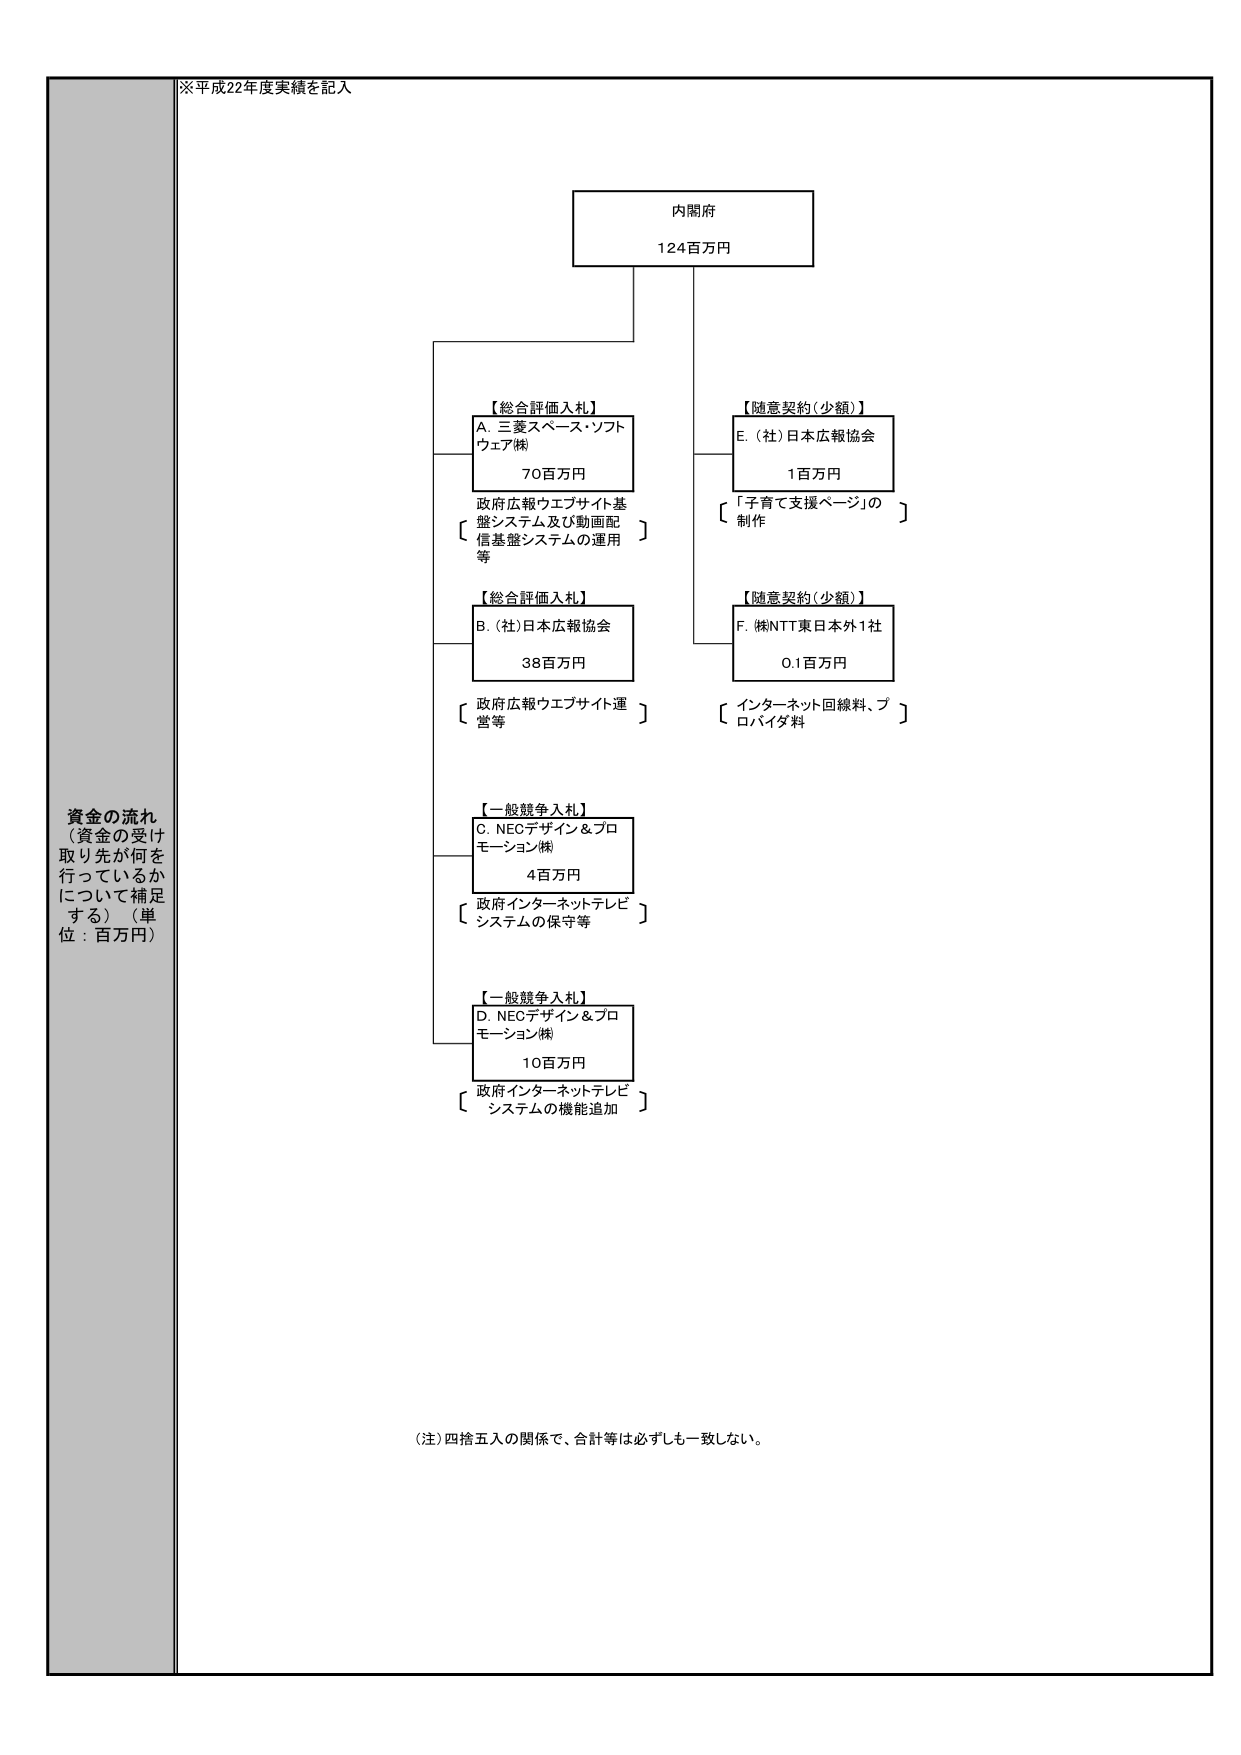
※平成22年度実績を記入

内閣府
124百万円

【総合評価入札】
A. 三菱スペース・ソフトウェア(株)
70百万円
政府広報ウェブサイト基盤システム及び動画配信基盤システムの運用等

【総合評価入札】
B. (社)日本広報協会
38百万円
政府広報ウェブサイト運営等

【一般競争入札】
C. NECデザイン＆プロモーション(株)
4百万円
政府インターネットテレビシステムの保守等

【一般競争入札】
D. NECデザイン＆プロモーション(株)
10百万円
政府インターネットテレビシステムの機能追加

【随意契約（少額）】
E. (社)日本広報協会
1百万円
「子育て支援ページ」の制作

【随意契約（少額）】
F. (株)NTT東日本外1社
0.1百万円
インターネット回線料、プロバイダ料

資金の流れ
（資金の受け取り先が何を行っているかについて補足する）（単位：百万円）

（注）四捨五入の関係で、合計等は必ずしも一致しない。